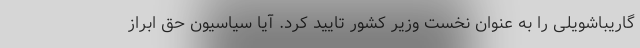
گاریباشویلی را به عنوان نخست وزیر کشور تایید کرد. آیا سیاسیون حق ابراز